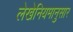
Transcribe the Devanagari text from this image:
लेखेनियमानुसार